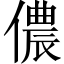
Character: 儂